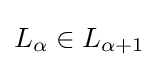
L_{\alpha }\in L_{\alpha +1}